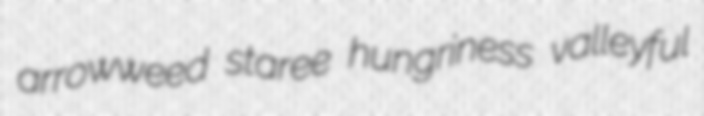
arrowweed staree hungriness valleyful